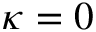
\kappa = 0